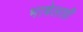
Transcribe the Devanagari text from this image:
भाषेलाही